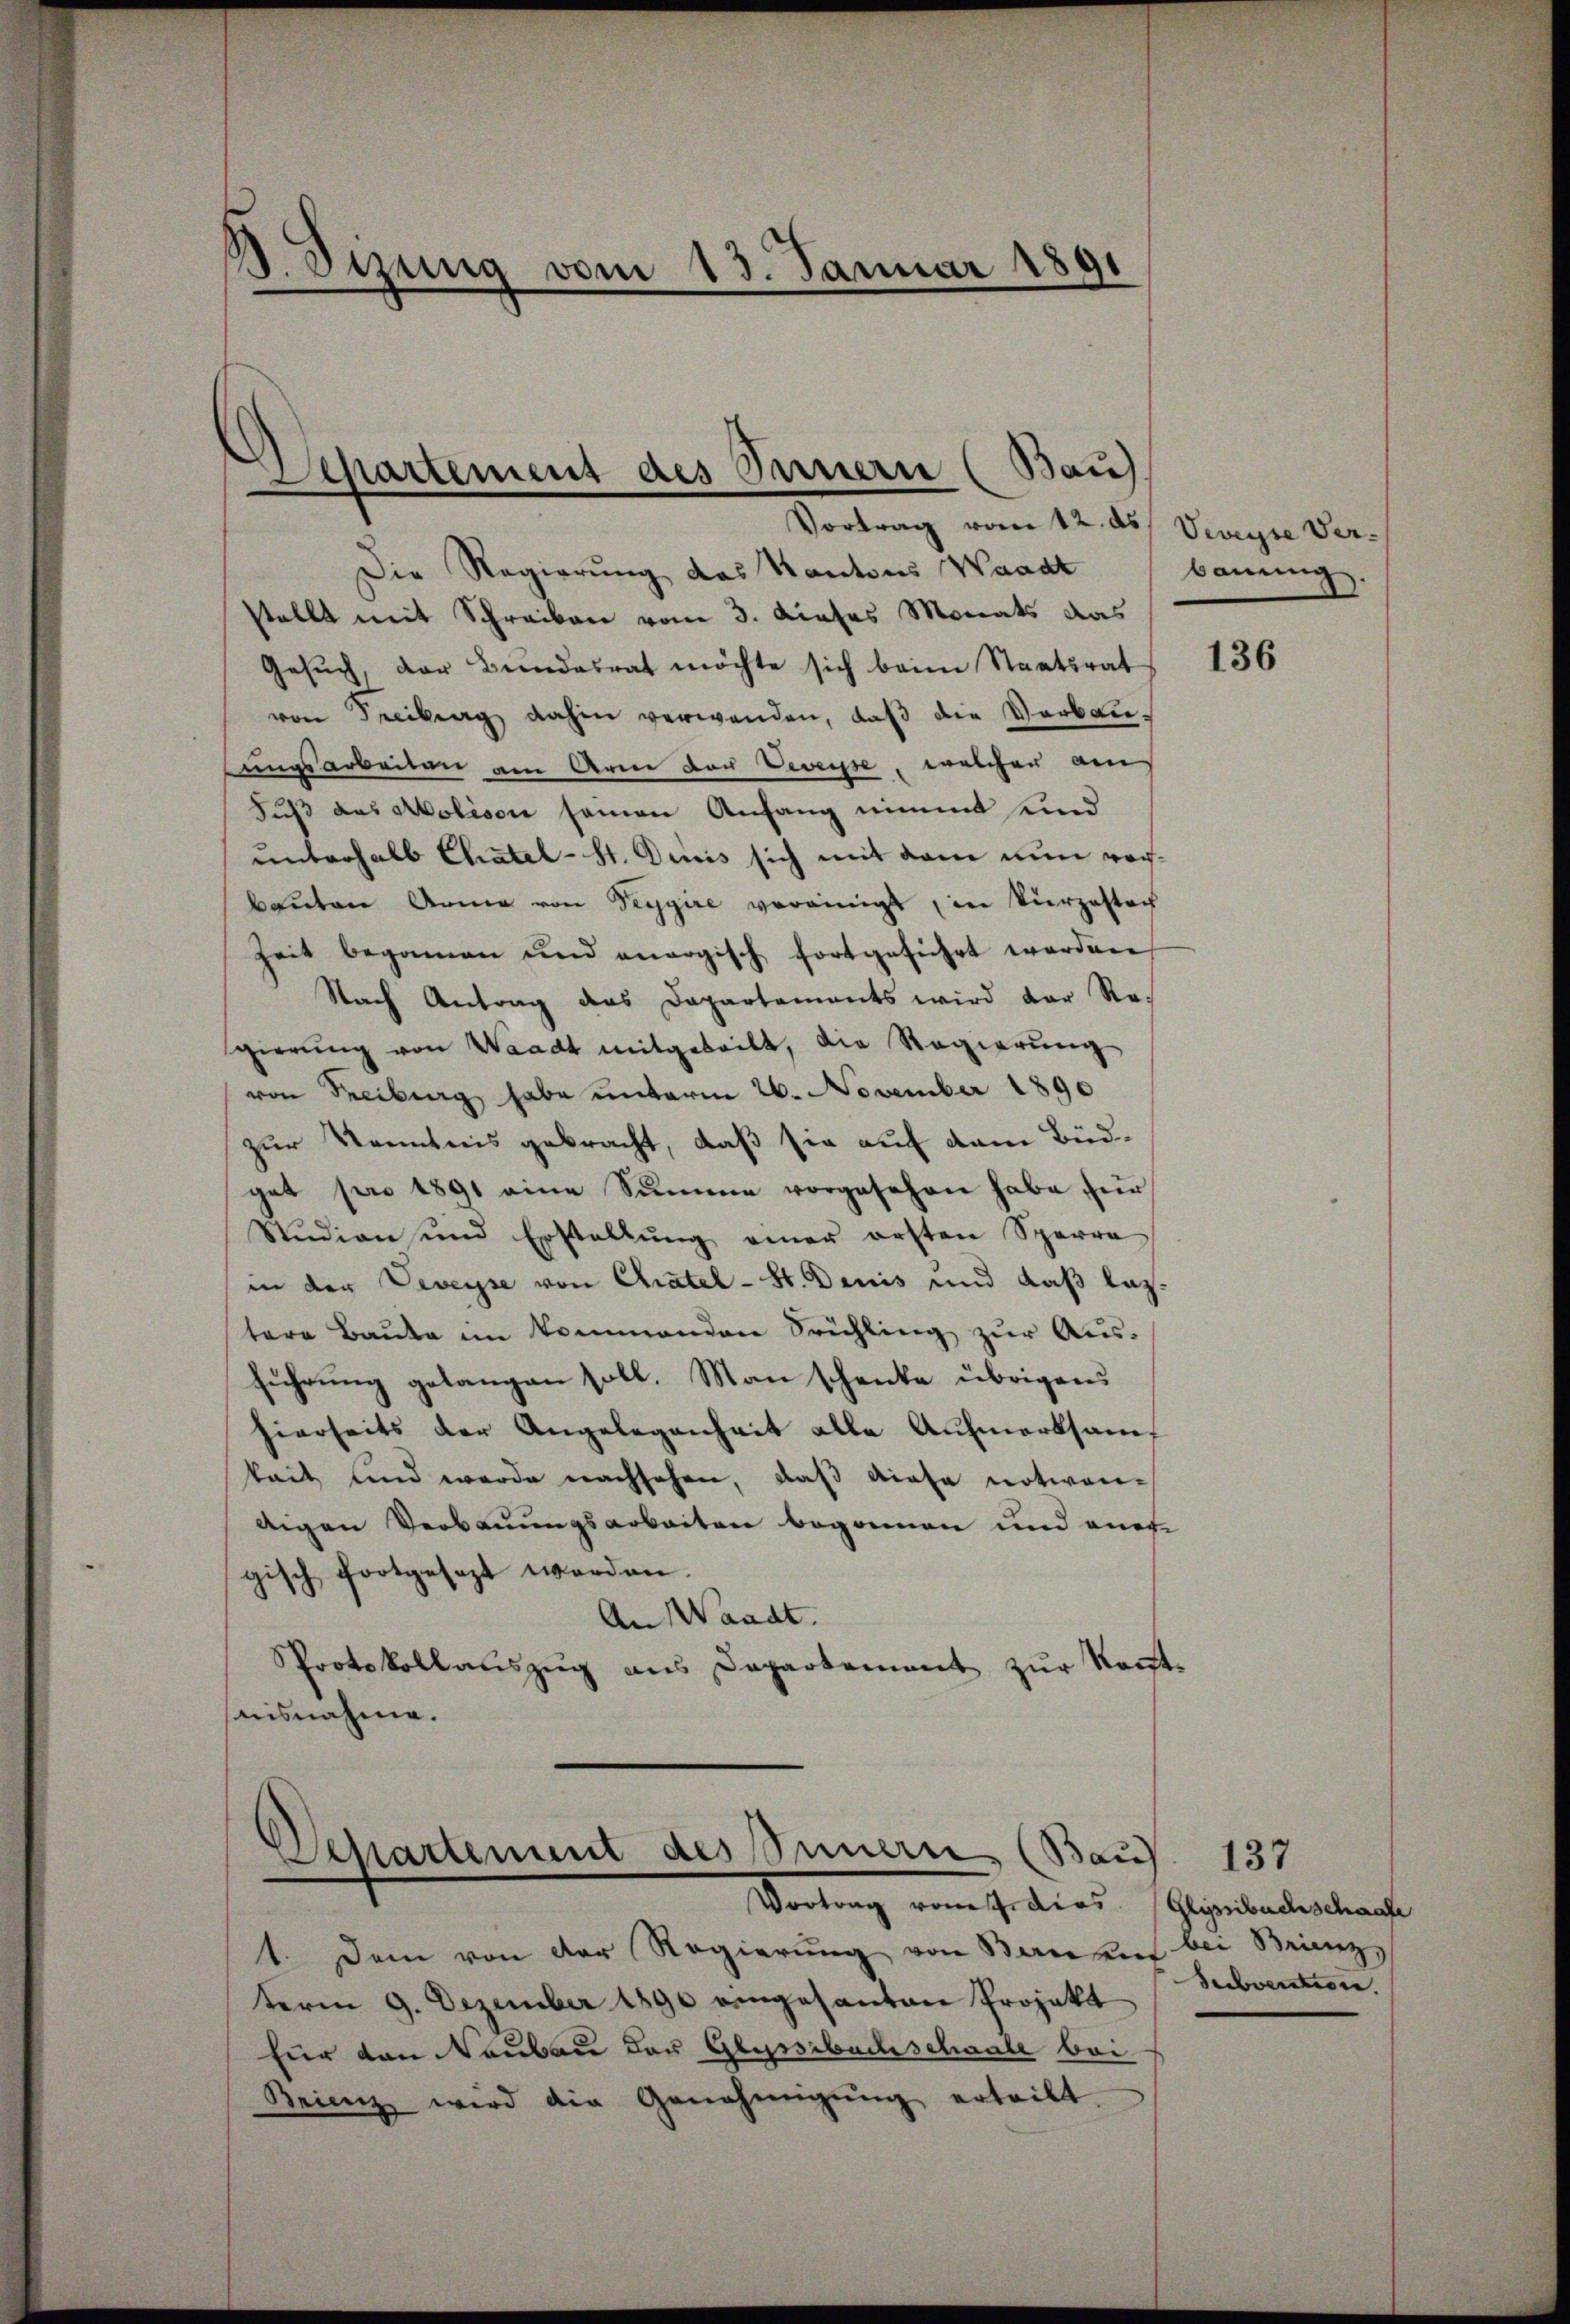
3. Sizung vom 13. Januar 1891
e

Departement des Innern (Bau)
n
Vortrag vom 12. ds

Departement des Innern (Bau
Vertrag von Er dies. (Gegebenden bracht

Die Regierung das Kantons Waadt
stellt mit Schreiben vom 3. dieses Monats das
Gesuch, der Bundesrat möchte sich beim Staatsrat
von Freibung dahin verwenden, daß die Verbauungsarbeiten am Arm der Veveyse, welcher am
Fuß das Molison seinen Anfang nimmt sind
unterhalb Chätel-St. Decis sich mit dem nun vorbauten Arme von Seygire vereinigt, in kurzester
Zeit begannen und anergisch fortgeführt worden
Nach Antrag das Departaments wird der Ro-
gierung von Waadt mitgeteilt, die Regierung
von Freiburg habe unterm 26. November 1890
zur Kenntnis gebracht, daß sie auf dem Büdget pro 1891 eine Summe vorgesehen habe für
Stŭdion und Erstellŭng einer ersten Sperre
in der Veveyse von Chatel-St. Denis und daß laztere Baute im kommenden Frühling zur Ausführung gelangen soll. Man schenke übrigens
hierseits der Angelegenheit alle Aufmerksamt
kait und werde nachsehen, daß diese notwen-
ligen Verbauungsarbeiten begonnen und ener
gisch fortgesezt worden.
An Waadt.
PProtokollauszug aus Departement zur Kont-
nisnahme.

1. Dem von der Regierŭng von Baukunf
term 9. Dezember 1890 eingesanten Projekt
für den Neubau der Glyssibachschaale bei
Brienz wird die Genehmigŭng erteilt.

Veveyse Ver-
bauung

136

137
bei Brienz
Seebventiren.